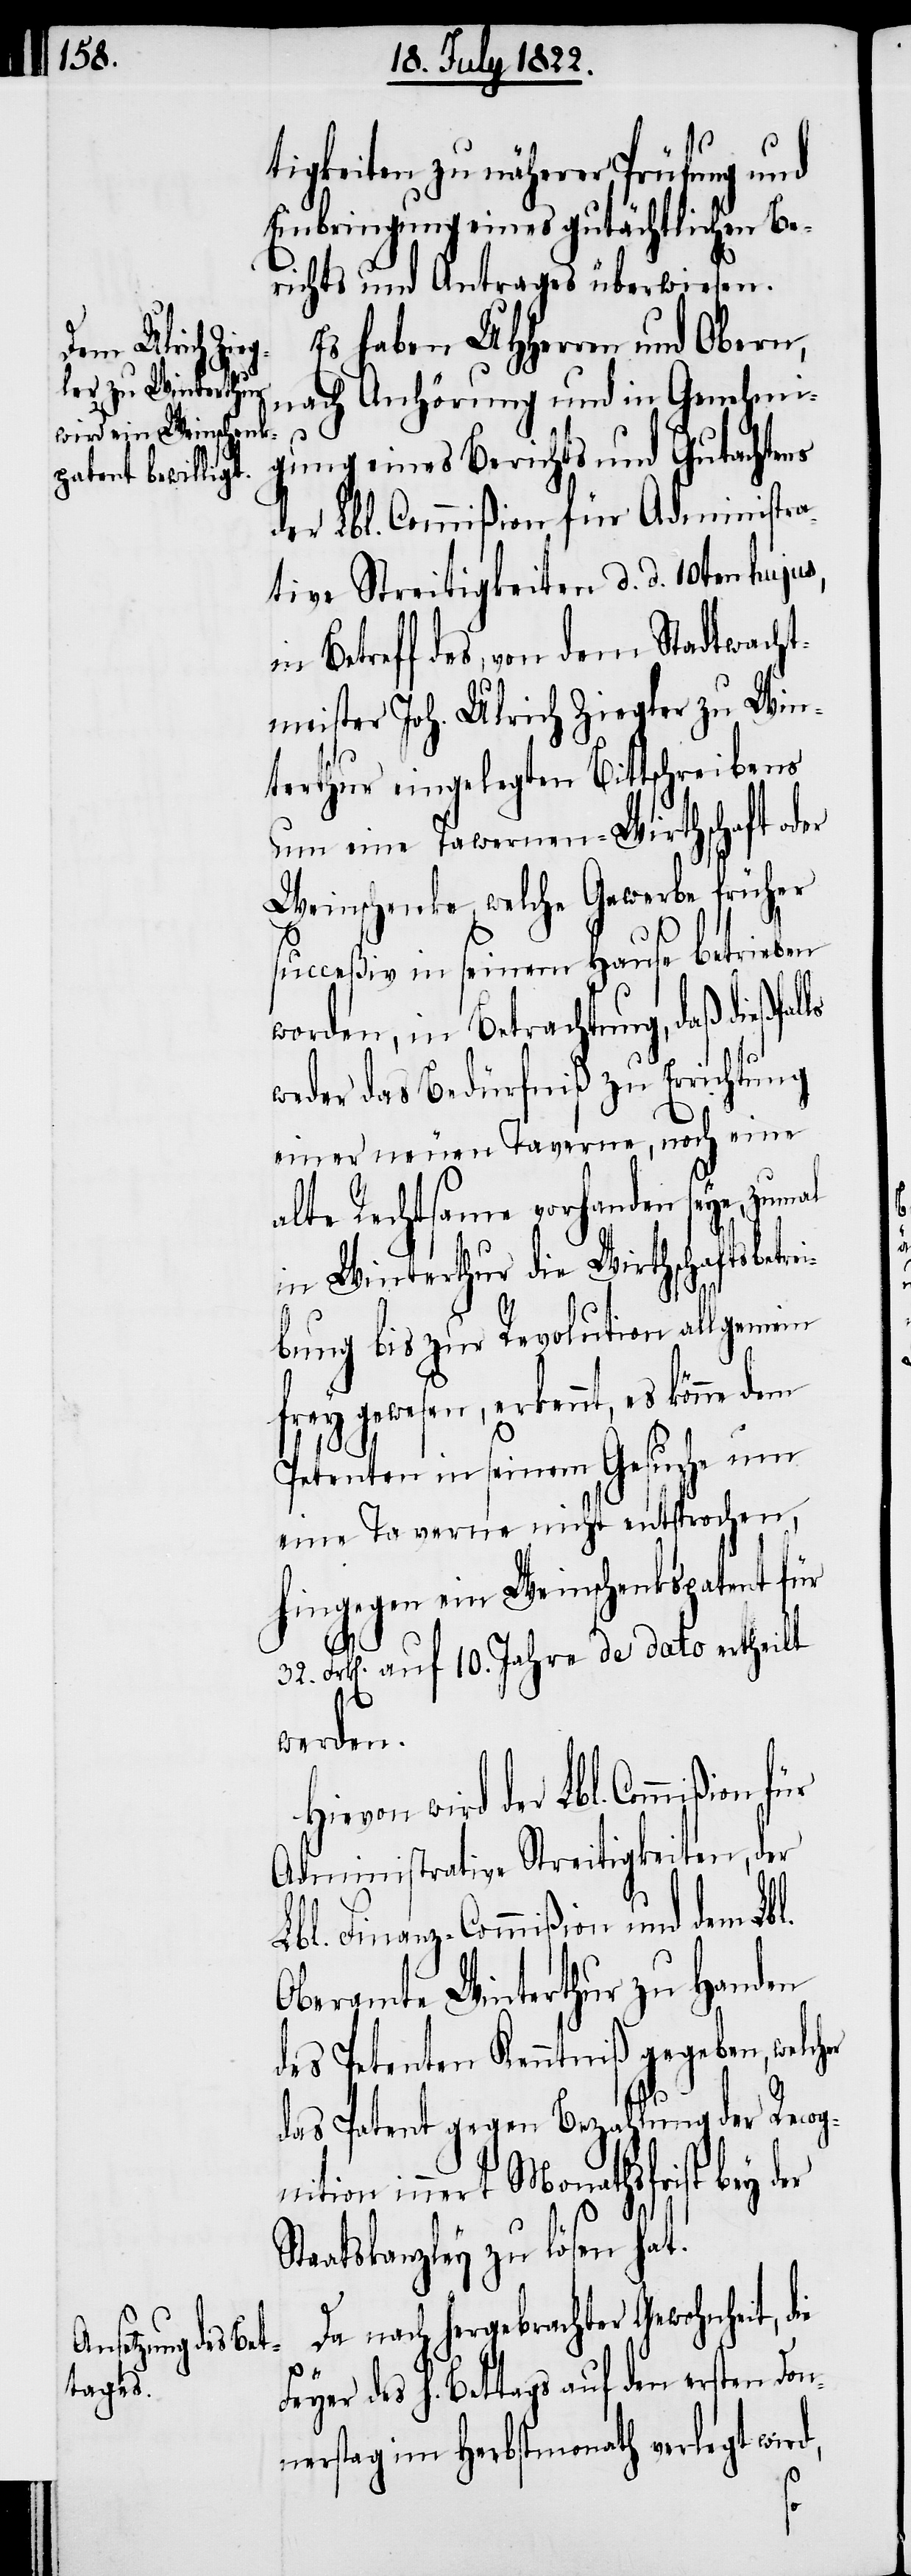
tigkeiten zu näherer Prüfung und
Einbringung eines gutächtlichen Be¬
richts und Antrages überwiesen.
Es haben UHHerren und Obern,
nach Anhörung und in Genehmi¬
gung eines Berichts und Gutachtens
der Lbl. Commißion für Administra¬
tive Streitigkeiten d. d. 10ten hujus,
Betreff des, von dem Stadtwacht¬
meister Joh. Ulrich Ziegler zu Win¬
terthur eingelegten Bittschreibens
um eine Tavernen-Wirthschaft oder
Weinschenke, welche Gewerbe früher
succeßiv in seinem Hause betrieben
worden, in Betrachtung, daß dießfal¬
weder das Bedürfniß zu Errichtung
H¬
einer neuen Taverne, noch eine
alte Rechtsame vorhanden seye, zumal
in Winterthur die Wirthschaftsbetr¬
bung bis zur Revolution allgemein
frey gewesen, erkennt, es könne dem
Petenten in seinem Gesuche um
eine Taverne nicht entsprochen,
hingegen ein Weinschenkpatent für
Feyer
32. Frk[en] auf 10. Jahre de dato ertheilt
werden.
ievon wird der Lbl. Commißion
Administrative Streitigkeiten, der
Lbl. Finanz-Commißion und dem Lbl.
Oberamte Winterthur zu Handen
des Petenten Kenntniß gegeben, welch¬
das Patent gegen Bezahlung der Recog¬
nition innert Monathsfrist bey der
Staatskanzley zu lösen hat.
Da nach erbrachter Gewohnheit,
des h. Bettags auf den ersten Don¬
nerstag im Herbstmonath verlegt wird,